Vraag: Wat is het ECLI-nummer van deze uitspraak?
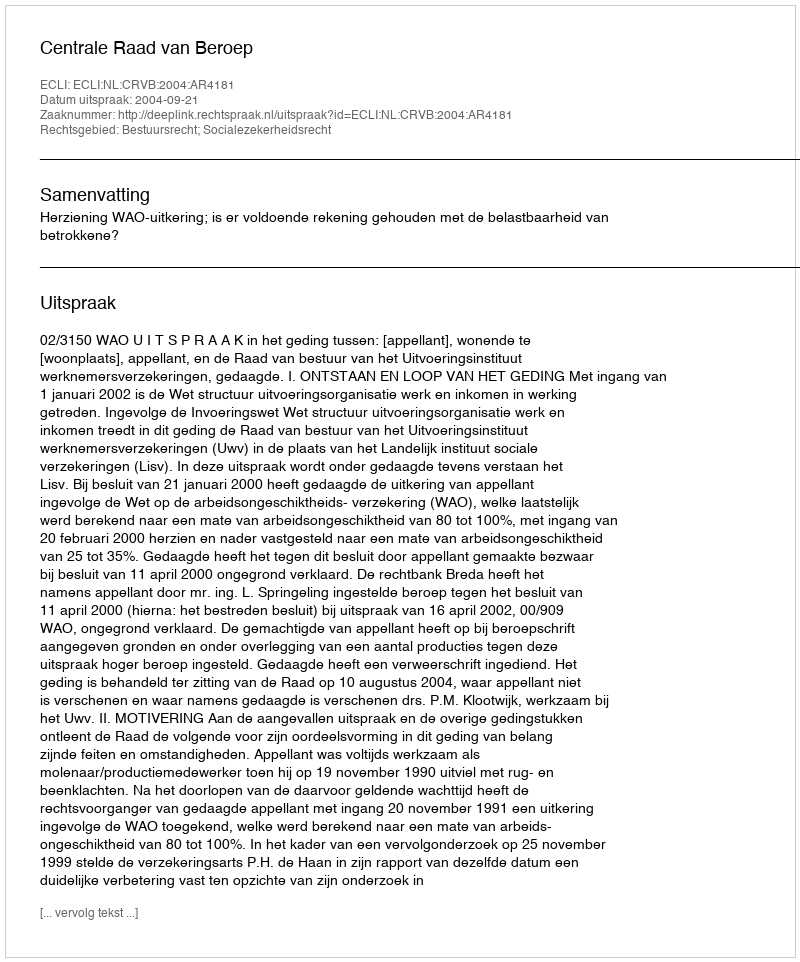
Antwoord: ECLI:NL:CRVB:2004:AR4181